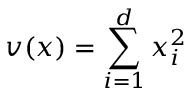
v ( x ) = \sum _ { i = 1 } ^ { d } x _ { i } ^ { 2 }